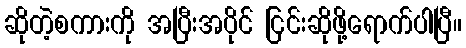
ဆိုတဲ့စကားကို အပြီးအပိုင် ငြင်းဆိုဖို့ရောက်ပါပြီ။